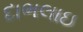
દાભલાઇ